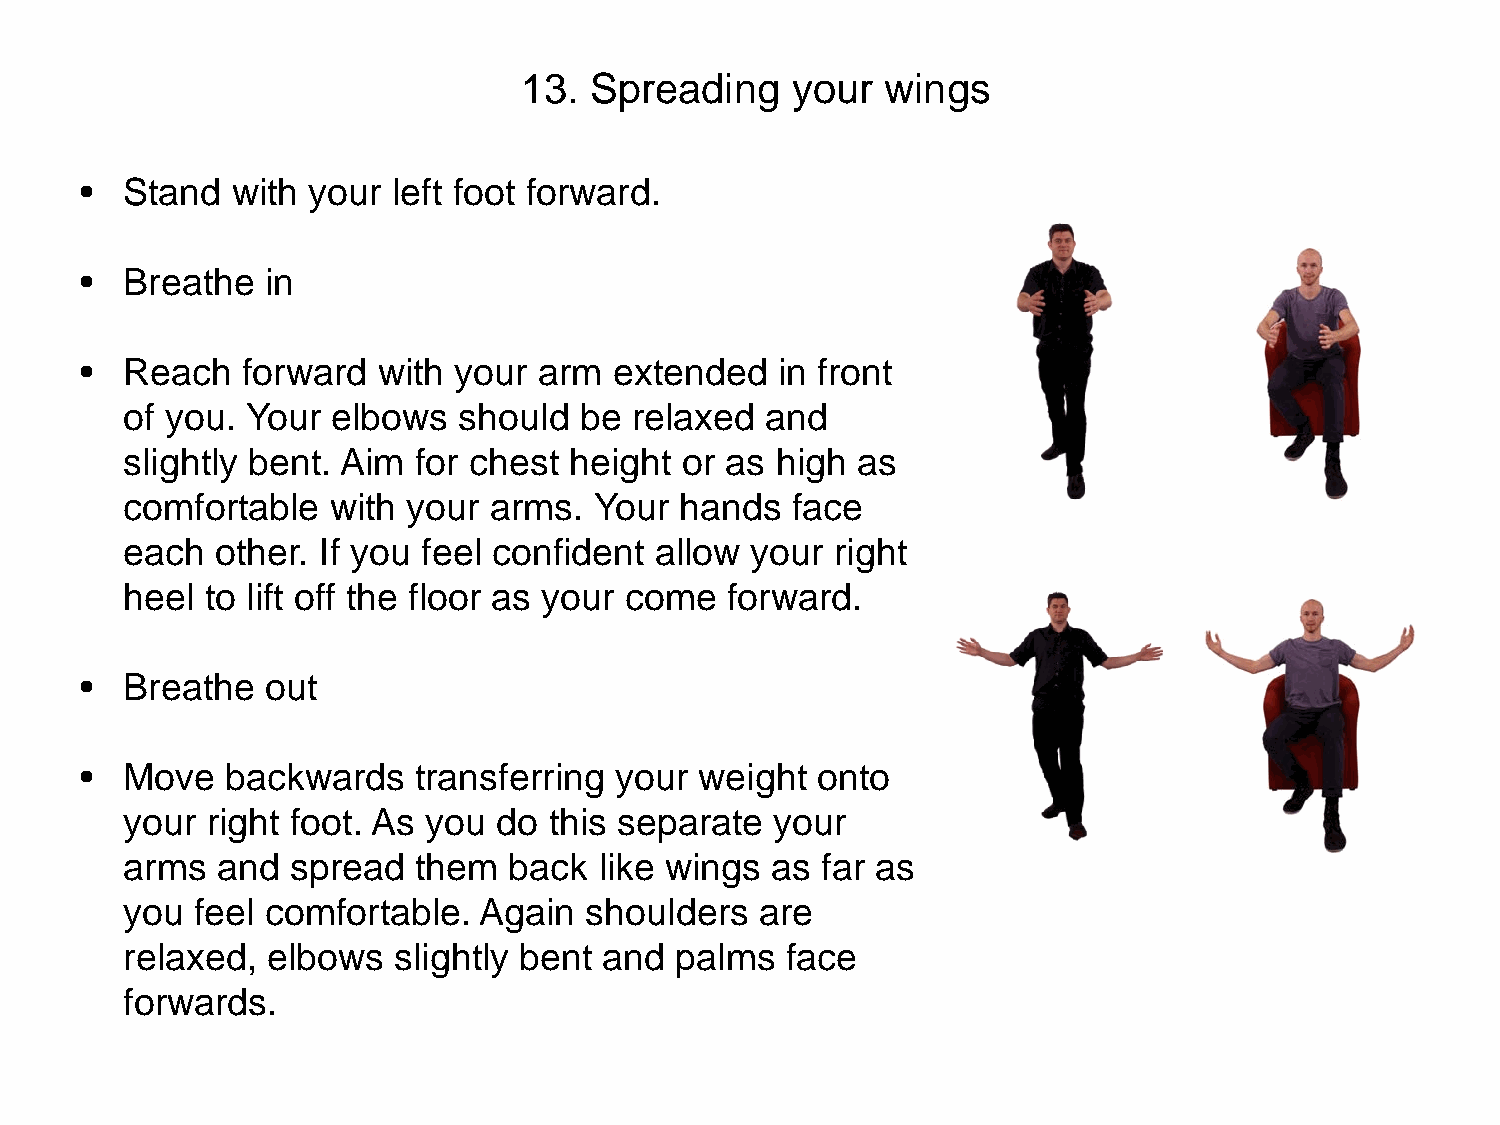
13. Spreading    your   wings
 •  Stand  with your  left foot forward.
 •  Breathe   in
 •  Reach   forward  with your  arm  extended  in front
 of you. Your  elbows  should  be  relaxed  and
 slightly bent. Aim for chest  height or as high  as
 comfortable   with your arms.  Your  hands  face
 each  other. If you feel confident allow  your right
 heel  to lift off the floor as your come forward.
 •  Breathe   out
 •  Move   backwards   transferring  your weight  onto
 your  right foot. As you do this separate  your
 arms  and  spread  them   back  like wings as far as
 you  feel comfortable.  Again  shoulders  are
 relaxed,  elbows  slightly bent and  palms  face
 forwards.